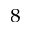
^ { 8 }